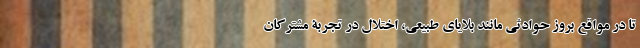
تا در مواقع بروز حوادثی مانند بلایای طبیعی، اختلال در تجربۀ مشترکان